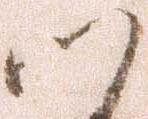
つ